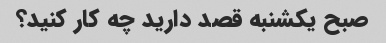
صبح یکشنبه قصد دارید چه کار کنید؟